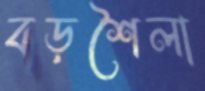
বড়শৈলা